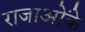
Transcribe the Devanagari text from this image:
राजाओंके